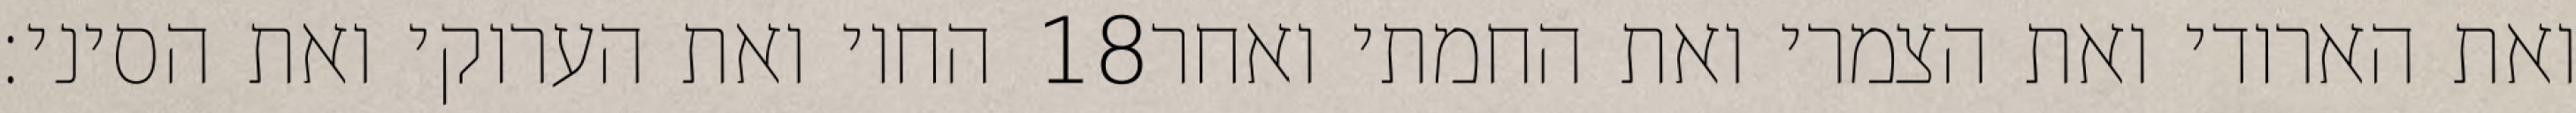
החוי ואת הערוקי ואת הסיני׃ ‎18‏ ואת הארודי ואת הצמרי ואת החמתי ואחר